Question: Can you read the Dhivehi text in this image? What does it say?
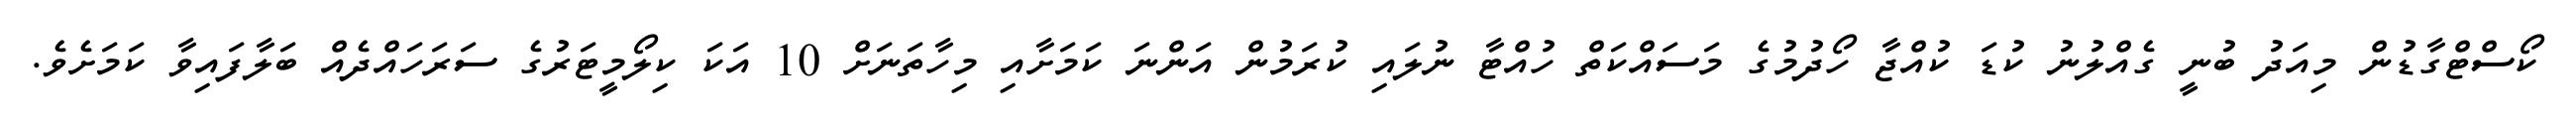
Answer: ކޯސްޓްގާޑުން މިއަދު ބުނީ ގެއްލުނު ކުޑަ ކުއްޖާ ހޯދުމުގެ މަސައްކަތް ހުއްޓާ ނުލައި ކުރަމުން އަންނަ ކަމަށާއި މިހާތަނަށް 10 އަކަ ކިލޯމީޓަރުގެ ސަރަހައްދެއް ބަލާފައިވާ ކަމަށެވެ.